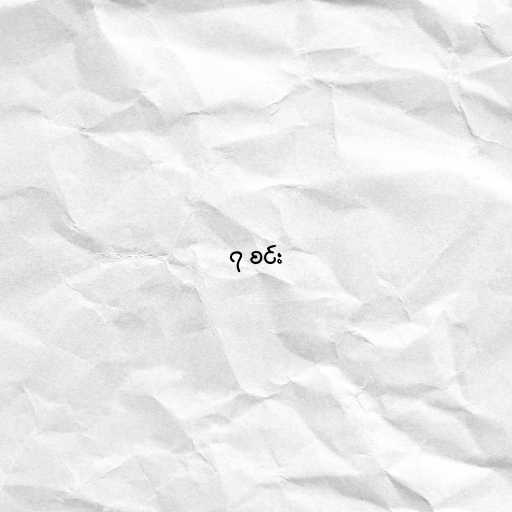
၇ စင်း